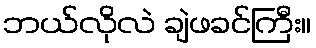
ဘယ်လိုလဲ ချဲဖခင်ကြီး။